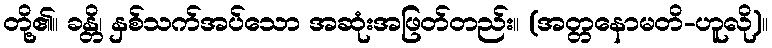
တို့၏။ ခန္တိ၊ နှစ်သက်အပ်သော အဆုံးအဖြတ်တည်း။ (အတ္တနောမတိ-ဟူလို)။